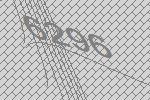
6296